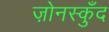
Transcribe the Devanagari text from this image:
ज़ोनस्कुँद